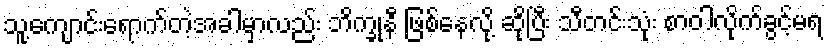
သူ့ကျောင်းရောက်တဲ့အခါမှာလည်း ဘိက္ခုနီ ဖြစ်နေလို့ ဆိုပြီး သီတင်းသုံး စာဝါလိုက်ခွင့်မရ